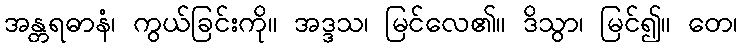
အန္တရဓာနံ၊ ကွယ်ခြင်းကို။ အဒ္ဒသ၊ မြင်လေ၏။ ဒိသွာ၊ မြင်၍။ တေ၊